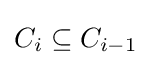
C_{i}\subseteq C_{i-1}